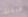
فيكتور